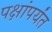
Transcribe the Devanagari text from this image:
पक्षांपर्यंत